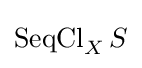
\operatorname {SeqCl} _{X}S